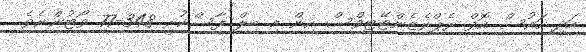
އަދި ހައުސް އޮފް ރެޕްރެޒެންޓޭޓިވްސް އިން މި ބިލް ފާސްކުރީ 348-77 ވޯޓުންނެވެ.